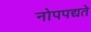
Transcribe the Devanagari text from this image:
नोपपद्यते